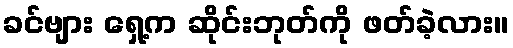
ခင်ဗျား ရှေ့က ဆိုင်းဘုတ်ကို ဖတ်ခဲ့လား။